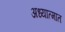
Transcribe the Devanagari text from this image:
अध्यात्मात